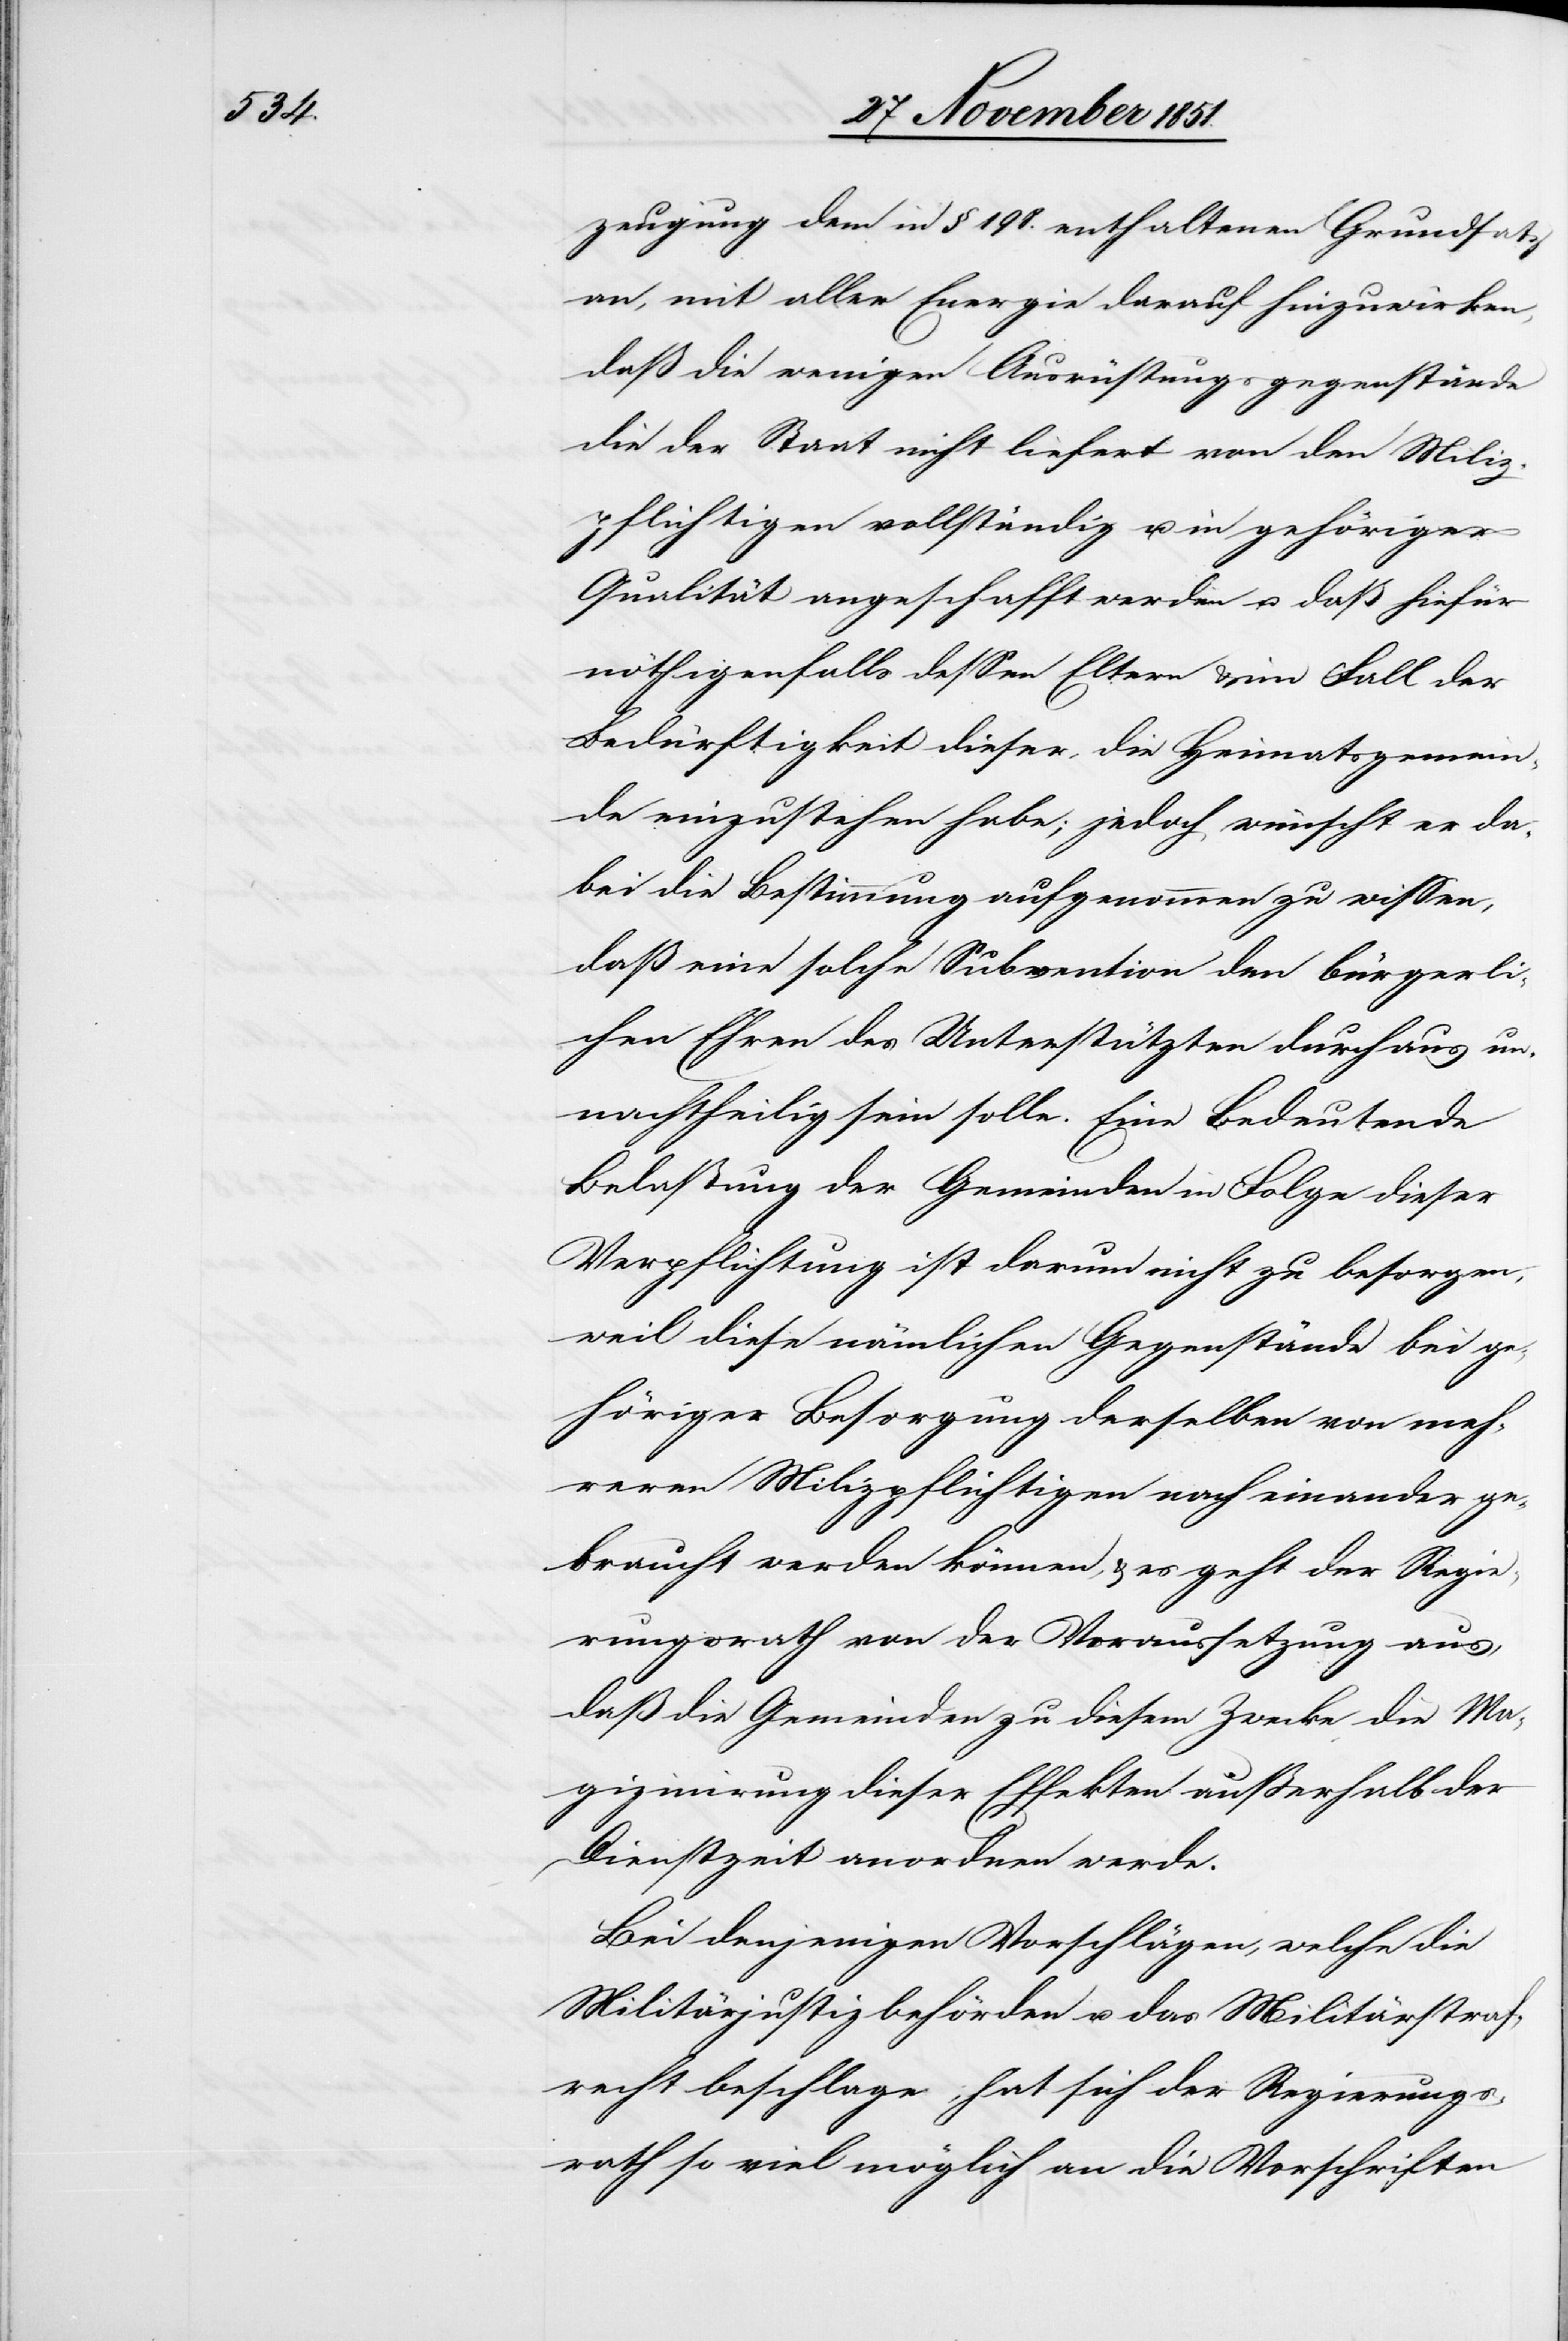
zeugung dem in §. 198. enthaltenen Grundsatz
an, mit aller Energie darauf hinzuwirken,
daß die wenigen Ausrüstungsgegenstände
die der Staat nicht liefert von den Miliz¬
pflichtigen vollständig u. in gehöriger
Qualität angeschafft werden u. daß hiefür
nöthigenfalls dessen Eltern & im Fall der
Bedürftigkeit dieser, die Heimatsgemein¬
de einzustehen habe; jedoch wünscht er da¬
bei die Bestimmung aufgenommen zu wissen,
daß eine solche Subvention den bürgerli¬
chen Ehren des Unterstützten durchaus un¬
nachtheilig sein solle. Eine bedeutende
Belastung der Gemeinden in Folge dieser
Verpflichtung ist darum nicht zu besorgen,
weil diese nämlichen Gegenstände bei ge¬
höriger Besorgung derselben von meh¬
reren Milizpflichtigen nach einander ge¬
braucht werden können, & es geht der Regie¬
rungsrath von der Voraussetzung aus,
daß die Gemeinden zu diesem Zwecke die Ma¬
gizinirung [sic!] dieser Effekten außerhalb der
Dienstzeit anordnen werde[n].
Bei denjenigen Vorschlägen, welche die
Militärjustizbehörden u. das Militärstraf¬
recht beschlage[n], hat sich der Regierungs¬
rath so viel möglich an die Vorschriften